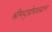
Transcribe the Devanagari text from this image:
श्रीमद्‌ग्रोपाख्यान